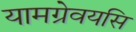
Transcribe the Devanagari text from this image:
यामग्रेवयसि